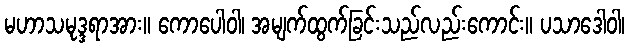
မဟာသမုဒ္ဒရာအား။ ကောပေါဝါ၊ အမျက်ထွက်ခြင်းသည်လည်းကောင်း။ ပသာဒေါဝါ၊